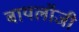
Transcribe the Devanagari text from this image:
बायलॉजी